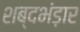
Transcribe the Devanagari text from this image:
शब्दभंड़ार